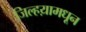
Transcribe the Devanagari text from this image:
जिल्हय़ामधून